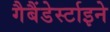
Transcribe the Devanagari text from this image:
गैबैंडेर्स्टाइने